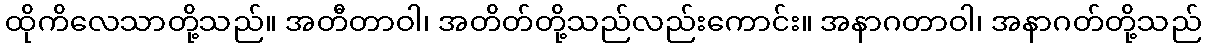
ထိုကိလေသာတို့သည်။ အတီတာဝါ၊ အတိတ်တို့သည်လည်းကောင်း။ အနာဂတာဝါ၊ အနာဂတ်တို့သည်